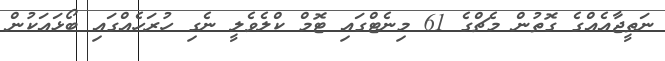
ނަތީޖާއެއްގެ ގޮތުން މެޗްގެ 61 މިނެޓްގައި ޓޮމް ކްލެވެލީ ނެގި ހުރަހެއްގައި ބޯޅައަކުން